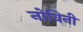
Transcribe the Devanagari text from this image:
नोविनी